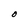
Character: O